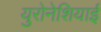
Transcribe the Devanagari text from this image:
युरोनेशियाई